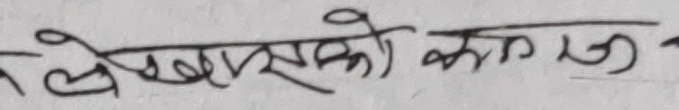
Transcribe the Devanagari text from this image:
लेखकको काल